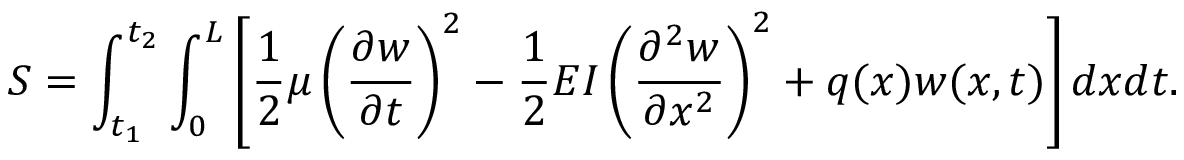
S = \int _ { t _ { 1 } } ^ { t _ { 2 } } \int _ { 0 } ^ { L } \left[ { \frac { 1 } { 2 } } \mu \left( { \frac { \partial w } { \partial t } } \right) ^ { 2 } - { \frac { 1 } { 2 } } E I \left( { \frac { \partial ^ { 2 } w } { \partial x ^ { 2 } } } \right) ^ { 2 } + q ( x ) w ( x , t ) \right] d x d t .